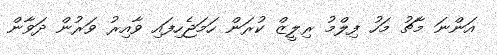
އަންނަ މާޗު މަހު ފިލްމު ރިލީޒް ކުރަން ހަމަޖެހިފައި ވާއިރު ވަރުން ދަވާން